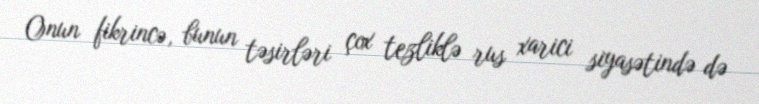
Onun fikrincə, bunun təsirləri çox tezliklə rus xarici siyasətində də